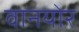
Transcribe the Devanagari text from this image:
वानयोर